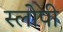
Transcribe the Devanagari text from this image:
स्लोपी